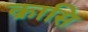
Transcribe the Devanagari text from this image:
क्रासि